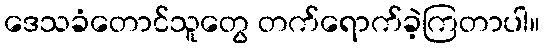
ဒေသခံတောင်သူတွေ တက်ရောက်ခဲ့ကြတာပါ။